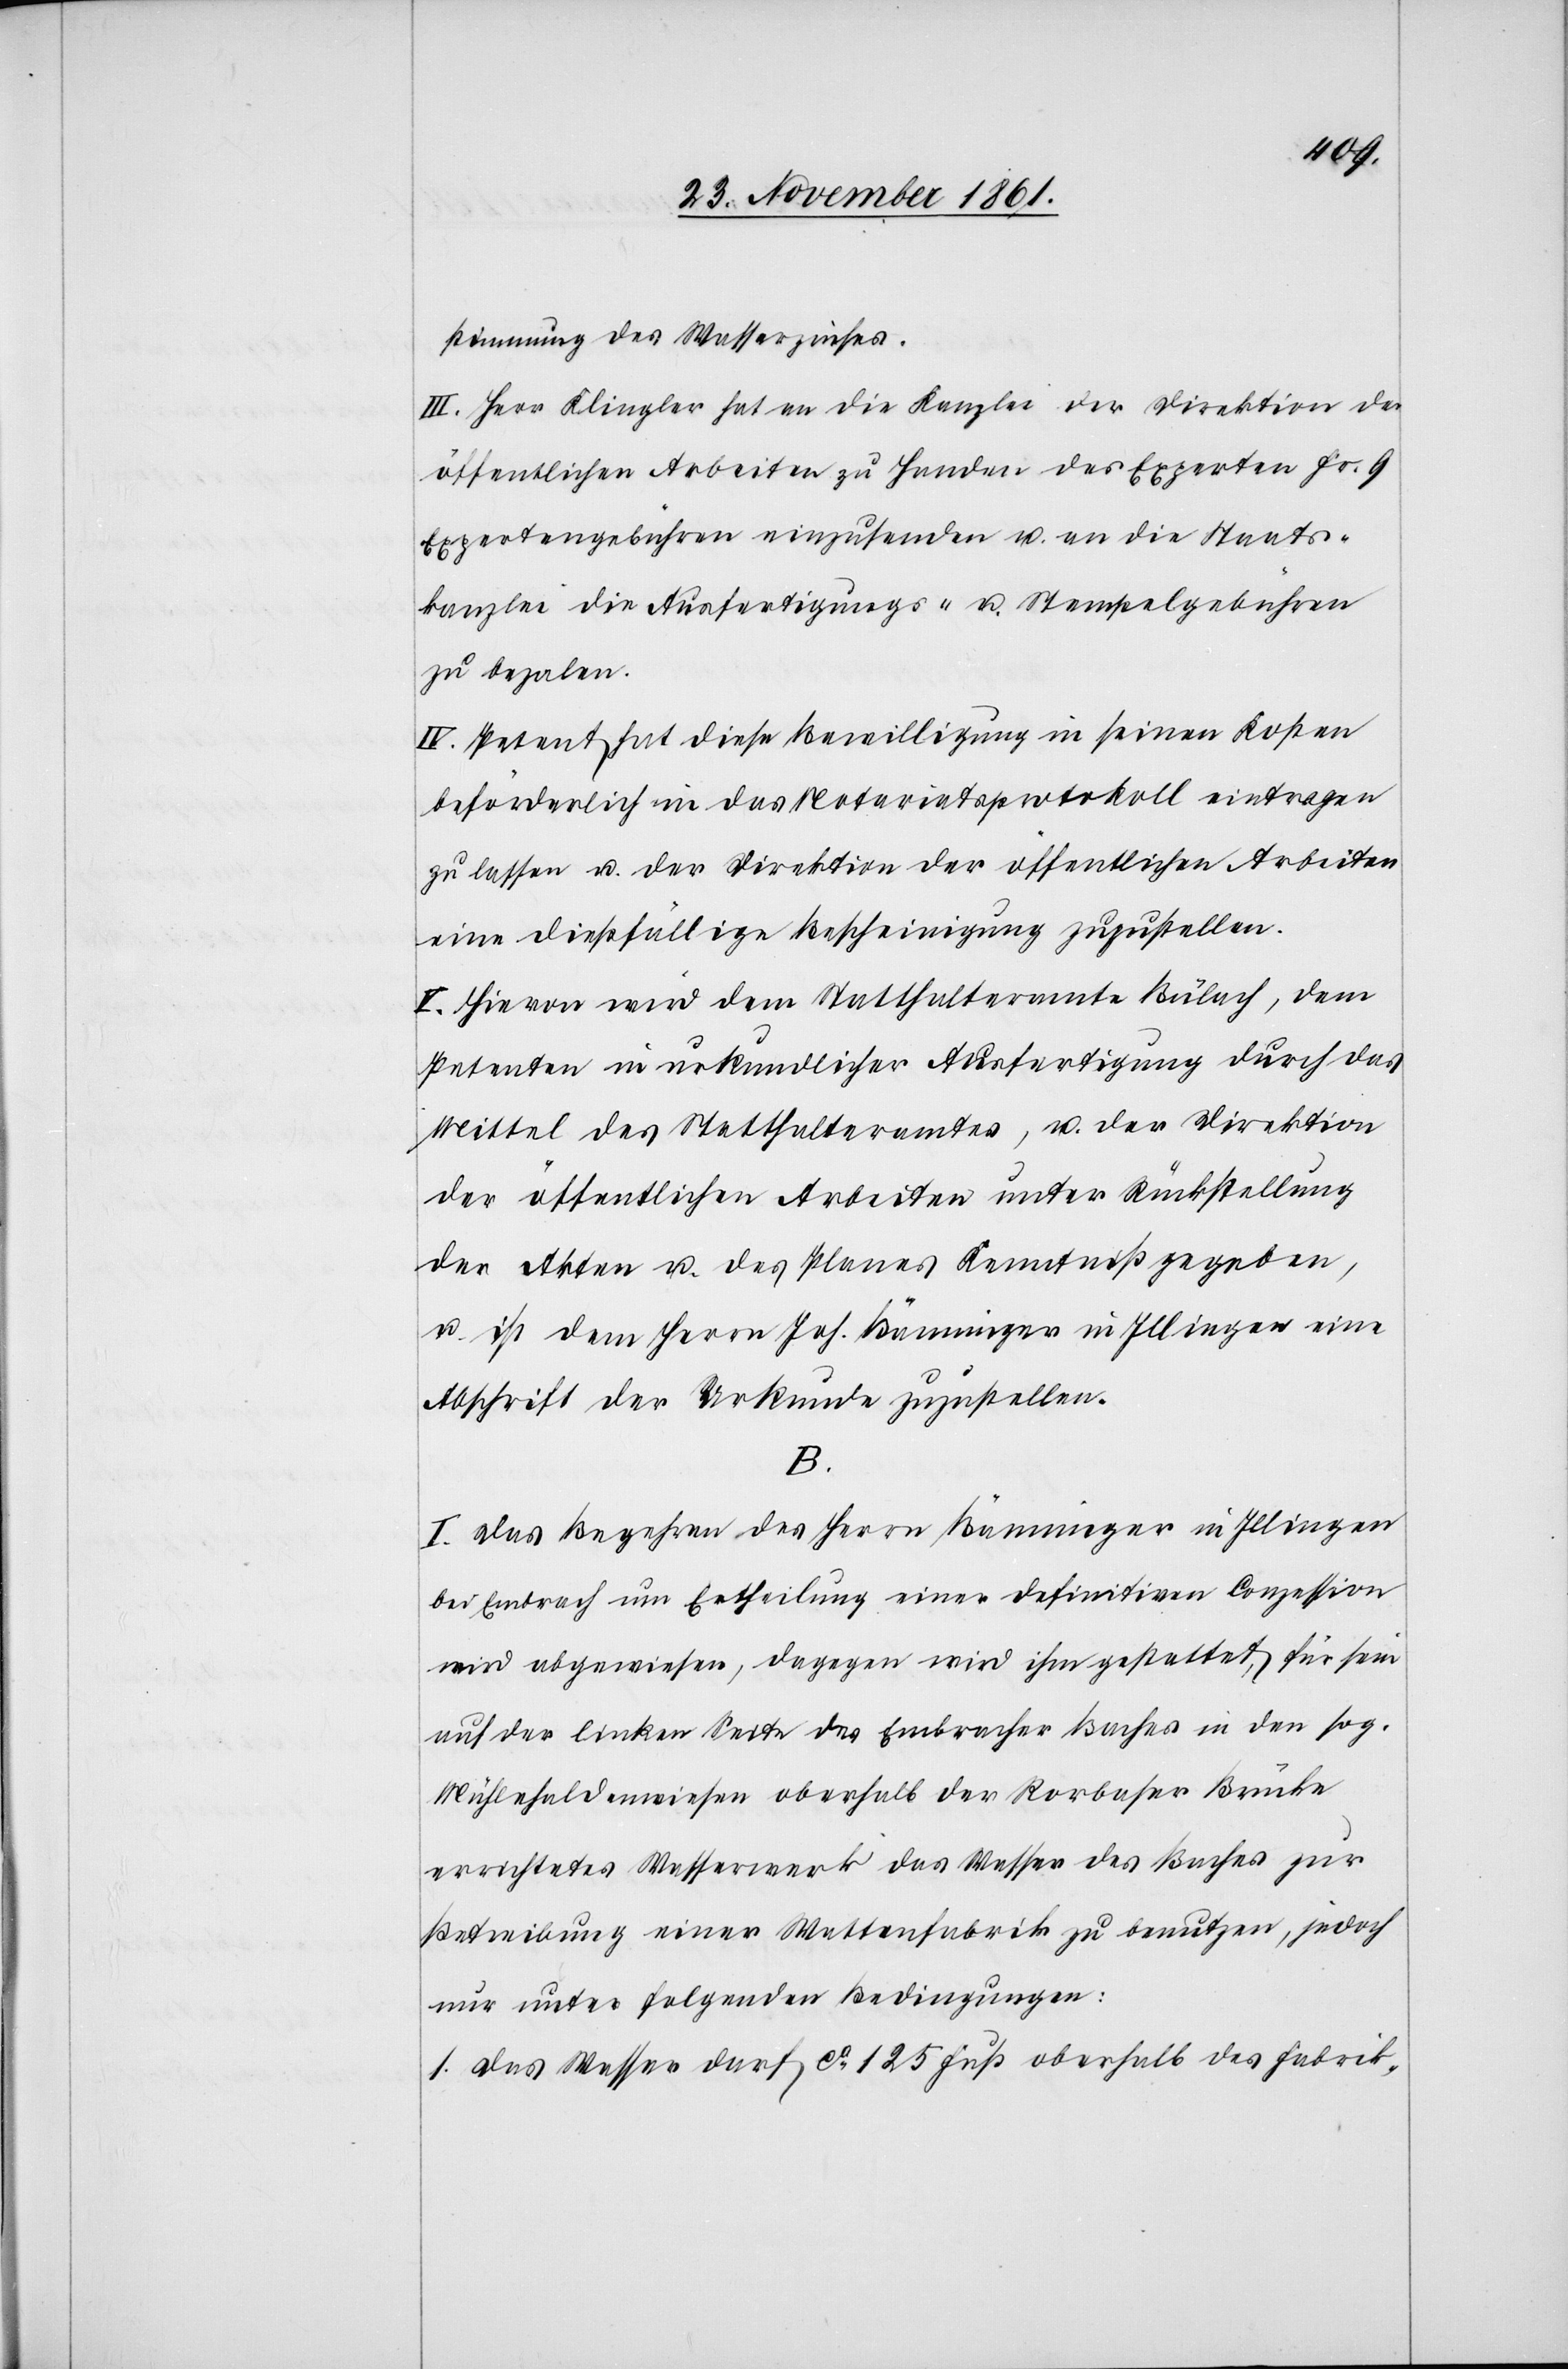
stimmung des Wasserzinses.
III. Herr Klingler hat an die Kanzlei der Direktion der
öffentlichen Arbeiten zu Handen des Experten Fr. 9
Expertengebühren einzusenden u. an die Staats¬
kanzlei die Ausfertigungs- u. Stempelgebühren
zu bezalen.
IV. Petent hat diese Bewilligung in seinen Kosten
beförderlich in das Notariatsprotokoll eintragen
zu lassen u. der Direktion der öffentlichen Arbeiten
eine dießfällige Bescheinigung zuzustellen.
V. Hievon wird dem Statthalteramte Bülach, dem
Petenten in urkundlicher Ausfertigung durch das
Mittel des Statthalteramtes, u. der Direktion
der öffentlichen Arbeiten unter Rückstellung
der Akten u. des Planes Kenntniß gegeben,
u. ist dem Herrn Joh. Bänninger in Illingen eine
Abschrift der Urkunde zuzustellen.
B.
I. Das Begehren des Herrn Bänninger in Illingen
bei Embrach um Ertheilung einer definitiven Conzession
wird abgewiesen, dagegen wird ihm gestattet, für sein
auf der linken Seite des Embracher Baches in den sog.
Mühlehaldenwiesen oberhalb der Rorbacher Brücke
errichtetes Wasserwerk das Wasser des Baches zur
Betreibung einer Wattenfabrik zu benutzen, jedoch
nur unter folgenden Bedingungen:
1. Das Wasser darf ca 125 Fuß oberhalb des Fabrik-